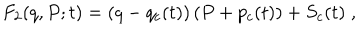
LaTeX: F _ { 2 } ( q , P ; t ) = \left( q - q _ { c } ( t ) \right) \left( P + p _ { c } ( t ) \right) + S _ { c } ( t ) \; ,